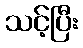
သင့်ပြီး